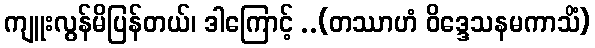
ကျူးလွန်မိပြန်တယ်၊ ဒါကြောင့် ..(တဿာဟံ ဝိဒ္ဒေသနမကာသိံ)